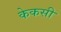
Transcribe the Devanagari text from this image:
केकसी